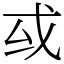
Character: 㦯